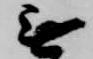
無